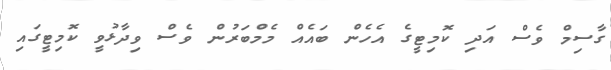
ގާސިމް ވެސް އަދި ކޮމިޓީގެ އެހެން ބައެއް މެމްބަރުން ވެސް ވިދާޅުވީ ކޮމިޓީގައި